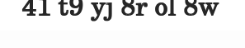
41 t9 yj 8r ol 8w